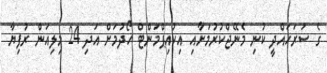
ގެ ސަރަހައްދީ ކުނި މެނޭޖްކުރުމަށާއި އިކުއިޕްމަންޓް ހޯދުމަށް އަދި 24 މިލިއަން ރުފިޔާ